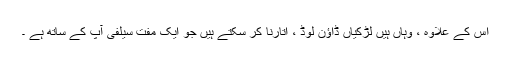
اس کے علاوہ ، وہاں ہیں لڑکیاں ڈاؤن لوڈ ، اتارنا کر سکتے ہیں جو ایک مفت سیلفی آپ کے ساتھ ہے ۔